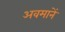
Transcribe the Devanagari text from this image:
अवमानें